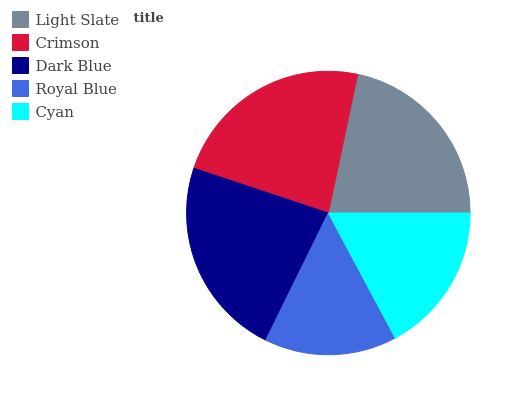
| Light Slate | Crimson | Dark Blue | Royal Blue | Cyan |
 | --- | --- | --- | --- | --- |
 | 21.7% | 23.3% | 22.8% | 15.1% | 17.2% |